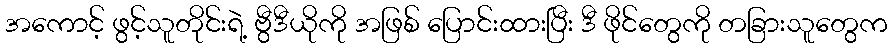
အကောင့် ဖွင့်သူတိုင်းရဲ့ ဗွီဒီယိုကို အဖြစ် ပြောင်းထားပြီး ဒီ ဖိုင်တွေကို တခြားသူတွေက